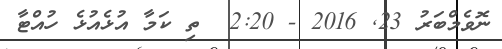
ނޮވެމްބަރު 23